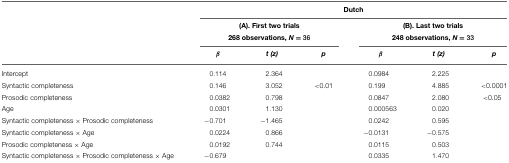
|  | <COLSPAN=6> Dutch |
 |  | <COLSPAN=3> (A). First two trials | <COLSPAN=3> (B). Last two trials |
 |  | <COLSPAN=3> 268 observations, N = 36 | <COLSPAN=3> 248 observations, N = 33 |
 |  | β | t (z) | p | β | t (z) | p |
 | --- | --- | --- | --- | --- | --- | --- |
 | Intercept | 0.114 | 2.364 |  | 0.0984 | 2.225 |  |
 | Syntactic completeness | 0.146 | 3.052 | <0.01 | 0.199 | 4.885 | <0.0001 |
 | Prosodic completeness | 0.0382 | 0.798 |  | 0.0847 | 2.080 | <0.05 |
 | Age | 0.0301 | 1.130 |  | 0.000563 | 0.020 |  |
 | Syntactic completeness × Prosodic completeness | −0.701 | −1.465 |  | 0.0242 | 0.595 |  |
 | Syntactic completeness × Age | 0.0224 | 0.866 |  | −0.0131 | −0.575 |  |
 | Prosodic completeness × Age | 0.0192 | 0.744 |  | 0.0115 | 0.503 |  |
 | Syntactic completeness × Prosodic completeness × Age | −0.679 |  |  | 0.0335 | 1.470 |  |